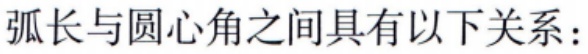
弧长与圆心角之间具有以下关系：